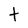
Character: t